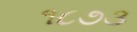
૧૮૭૩